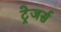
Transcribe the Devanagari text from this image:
ट्रेजर्स